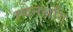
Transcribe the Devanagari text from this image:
ह्वेनसाँग